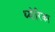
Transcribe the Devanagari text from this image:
थ्योरिका